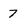
Character: 7